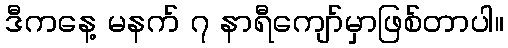
ဒီကနေ့ မနက် ၇ နာရီကျော်မှာဖြစ်တာပါ။